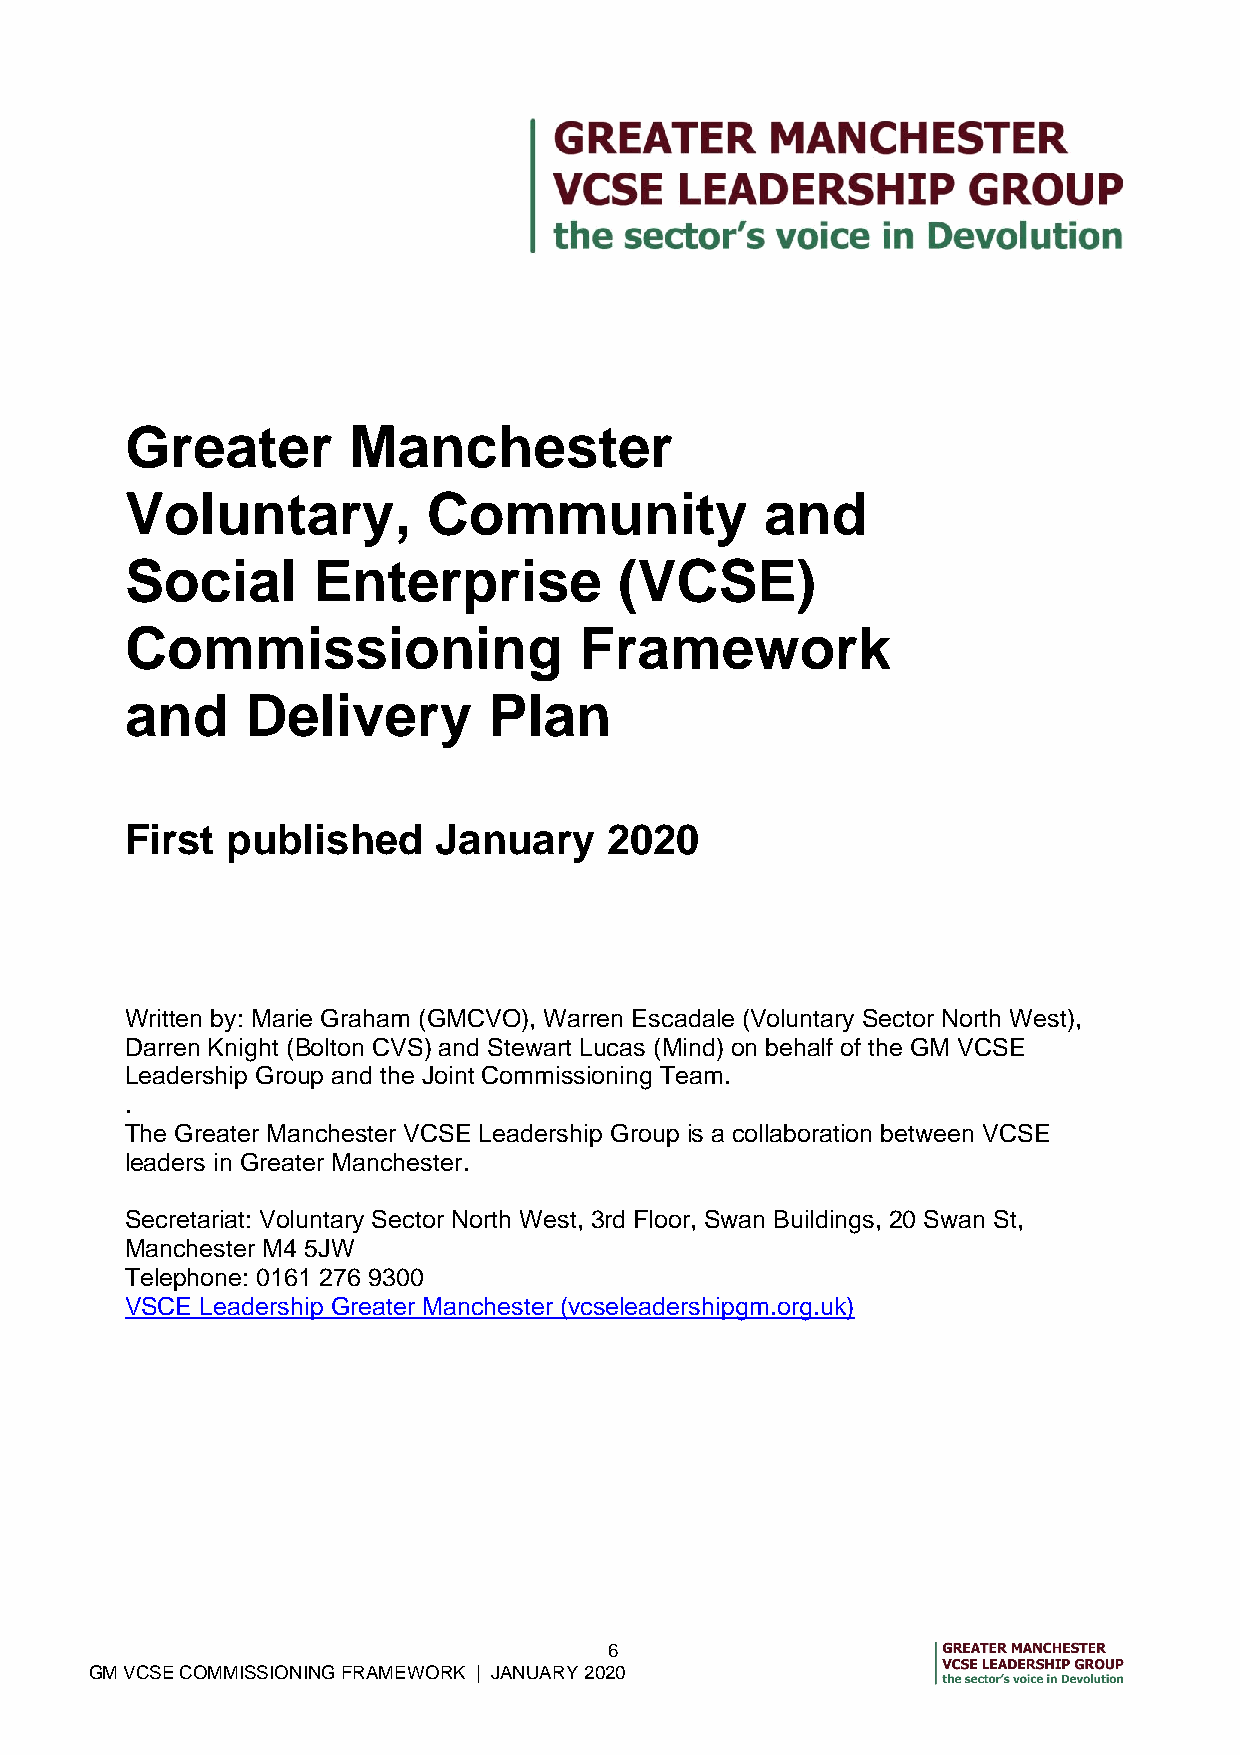
Greater        Manchester
 Voluntary,          Community              and
 Social       Enterprise          (VCSE)
 Commissioning                 Framework
 and     Delivery        Plan
 First  published     January    2020
 Written by: Marie Graham (GMCVO), Warren Escadale (Voluntary Sector North West),
 Darren Knight (Bolton CVS) and Stewart Lucas (Mind) on behalf of the GM VCSE
 Leadership Group and the Joint Commissioning Team.
 .
 The Greater Manchester VCSE Leadership Group is a collaboration between VCSE
 leaders in Greater Manchester.
 Secretariat: Voluntary Sector North West, 3rd Floor, Swan Buildings, 20 Swan St,
 Manchester M4 5JW
 Telephone: 0161 276 9300
 VSCE Leadership Greater Manchester (vcseleadershipgm.org.uk)
 6
 GM VCSE COMMISSIONING FRAMEWORK | JANUARY 2020